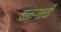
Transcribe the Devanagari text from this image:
वनगायी